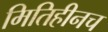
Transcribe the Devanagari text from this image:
मितिहीनच